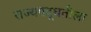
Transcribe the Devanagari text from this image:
राज्यपद्धतीला